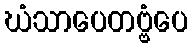
ဃံသာပေတဗ္ဗံပေ